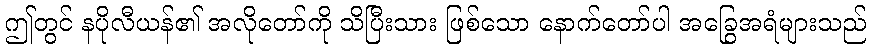
ဤတွင် နပိုလီယန်၏ အလိုတော်ကို သိပြီးသား ဖြစ်သော နောက်တော်ပါ အခြွေအရံများသည်